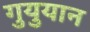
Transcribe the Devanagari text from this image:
गुयुयान